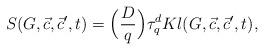
LaTeX: \begin{align*}S(G,\vec{c},\vec{c}^{\prime},t)=\Big(\frac{D}{q}\Big)\tau_{q}^d Kl(G,\vec{c},\vec{c}^{\prime},t),\end{align*}